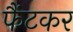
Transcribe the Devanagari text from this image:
फैंटकर